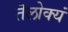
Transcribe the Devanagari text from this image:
तॆलोक्यं